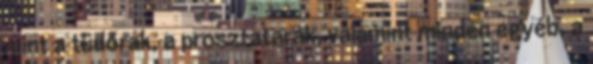
mint a tüdőrák, a prosztatarák, valamint minden egyéb, a